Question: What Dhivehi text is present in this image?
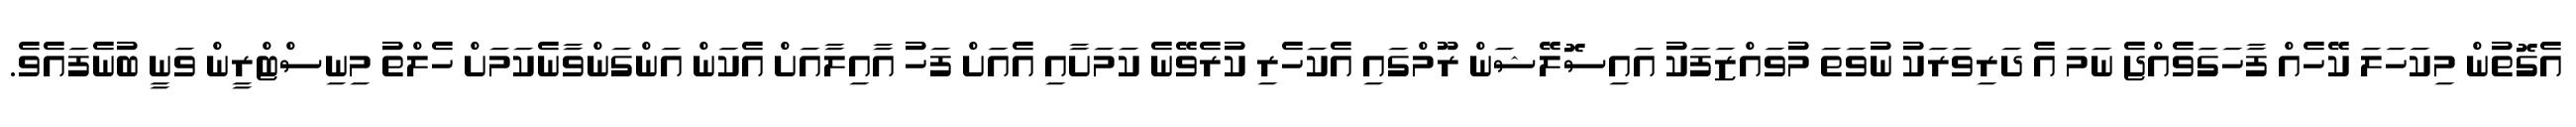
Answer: އެގޮތުން މިކަހަލަ ކޭހެއް ފާހަގަވެއްޖެ ނަމަ އެ ދަރިވަރަކު ނުވަތަ މުވައްޒަފަކު އައިސޮލޭޝަން ރޫމްގައި އެކަހެރި ކުރެވޭނެ ކަމަށާއި އެއަށް ފަހު އާއިލާއަށް އެކަން އަންގަންވާނެކަމަށް ހެލްތު މިނިސްޓްރީން ވަނީ ބުނެފައެވެ.